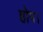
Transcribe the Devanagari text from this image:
होप।